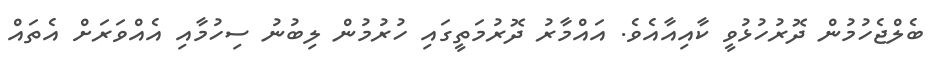
ބެލްޖެހުމުން ދޮރުހުޅުވީ ކާއިއާއެވެ. އައްމާރު ދޮރުމަތީގައި ހުރުމުން ލިބުނު ސިހުމާއި އެއްވަރަށް އެތައް